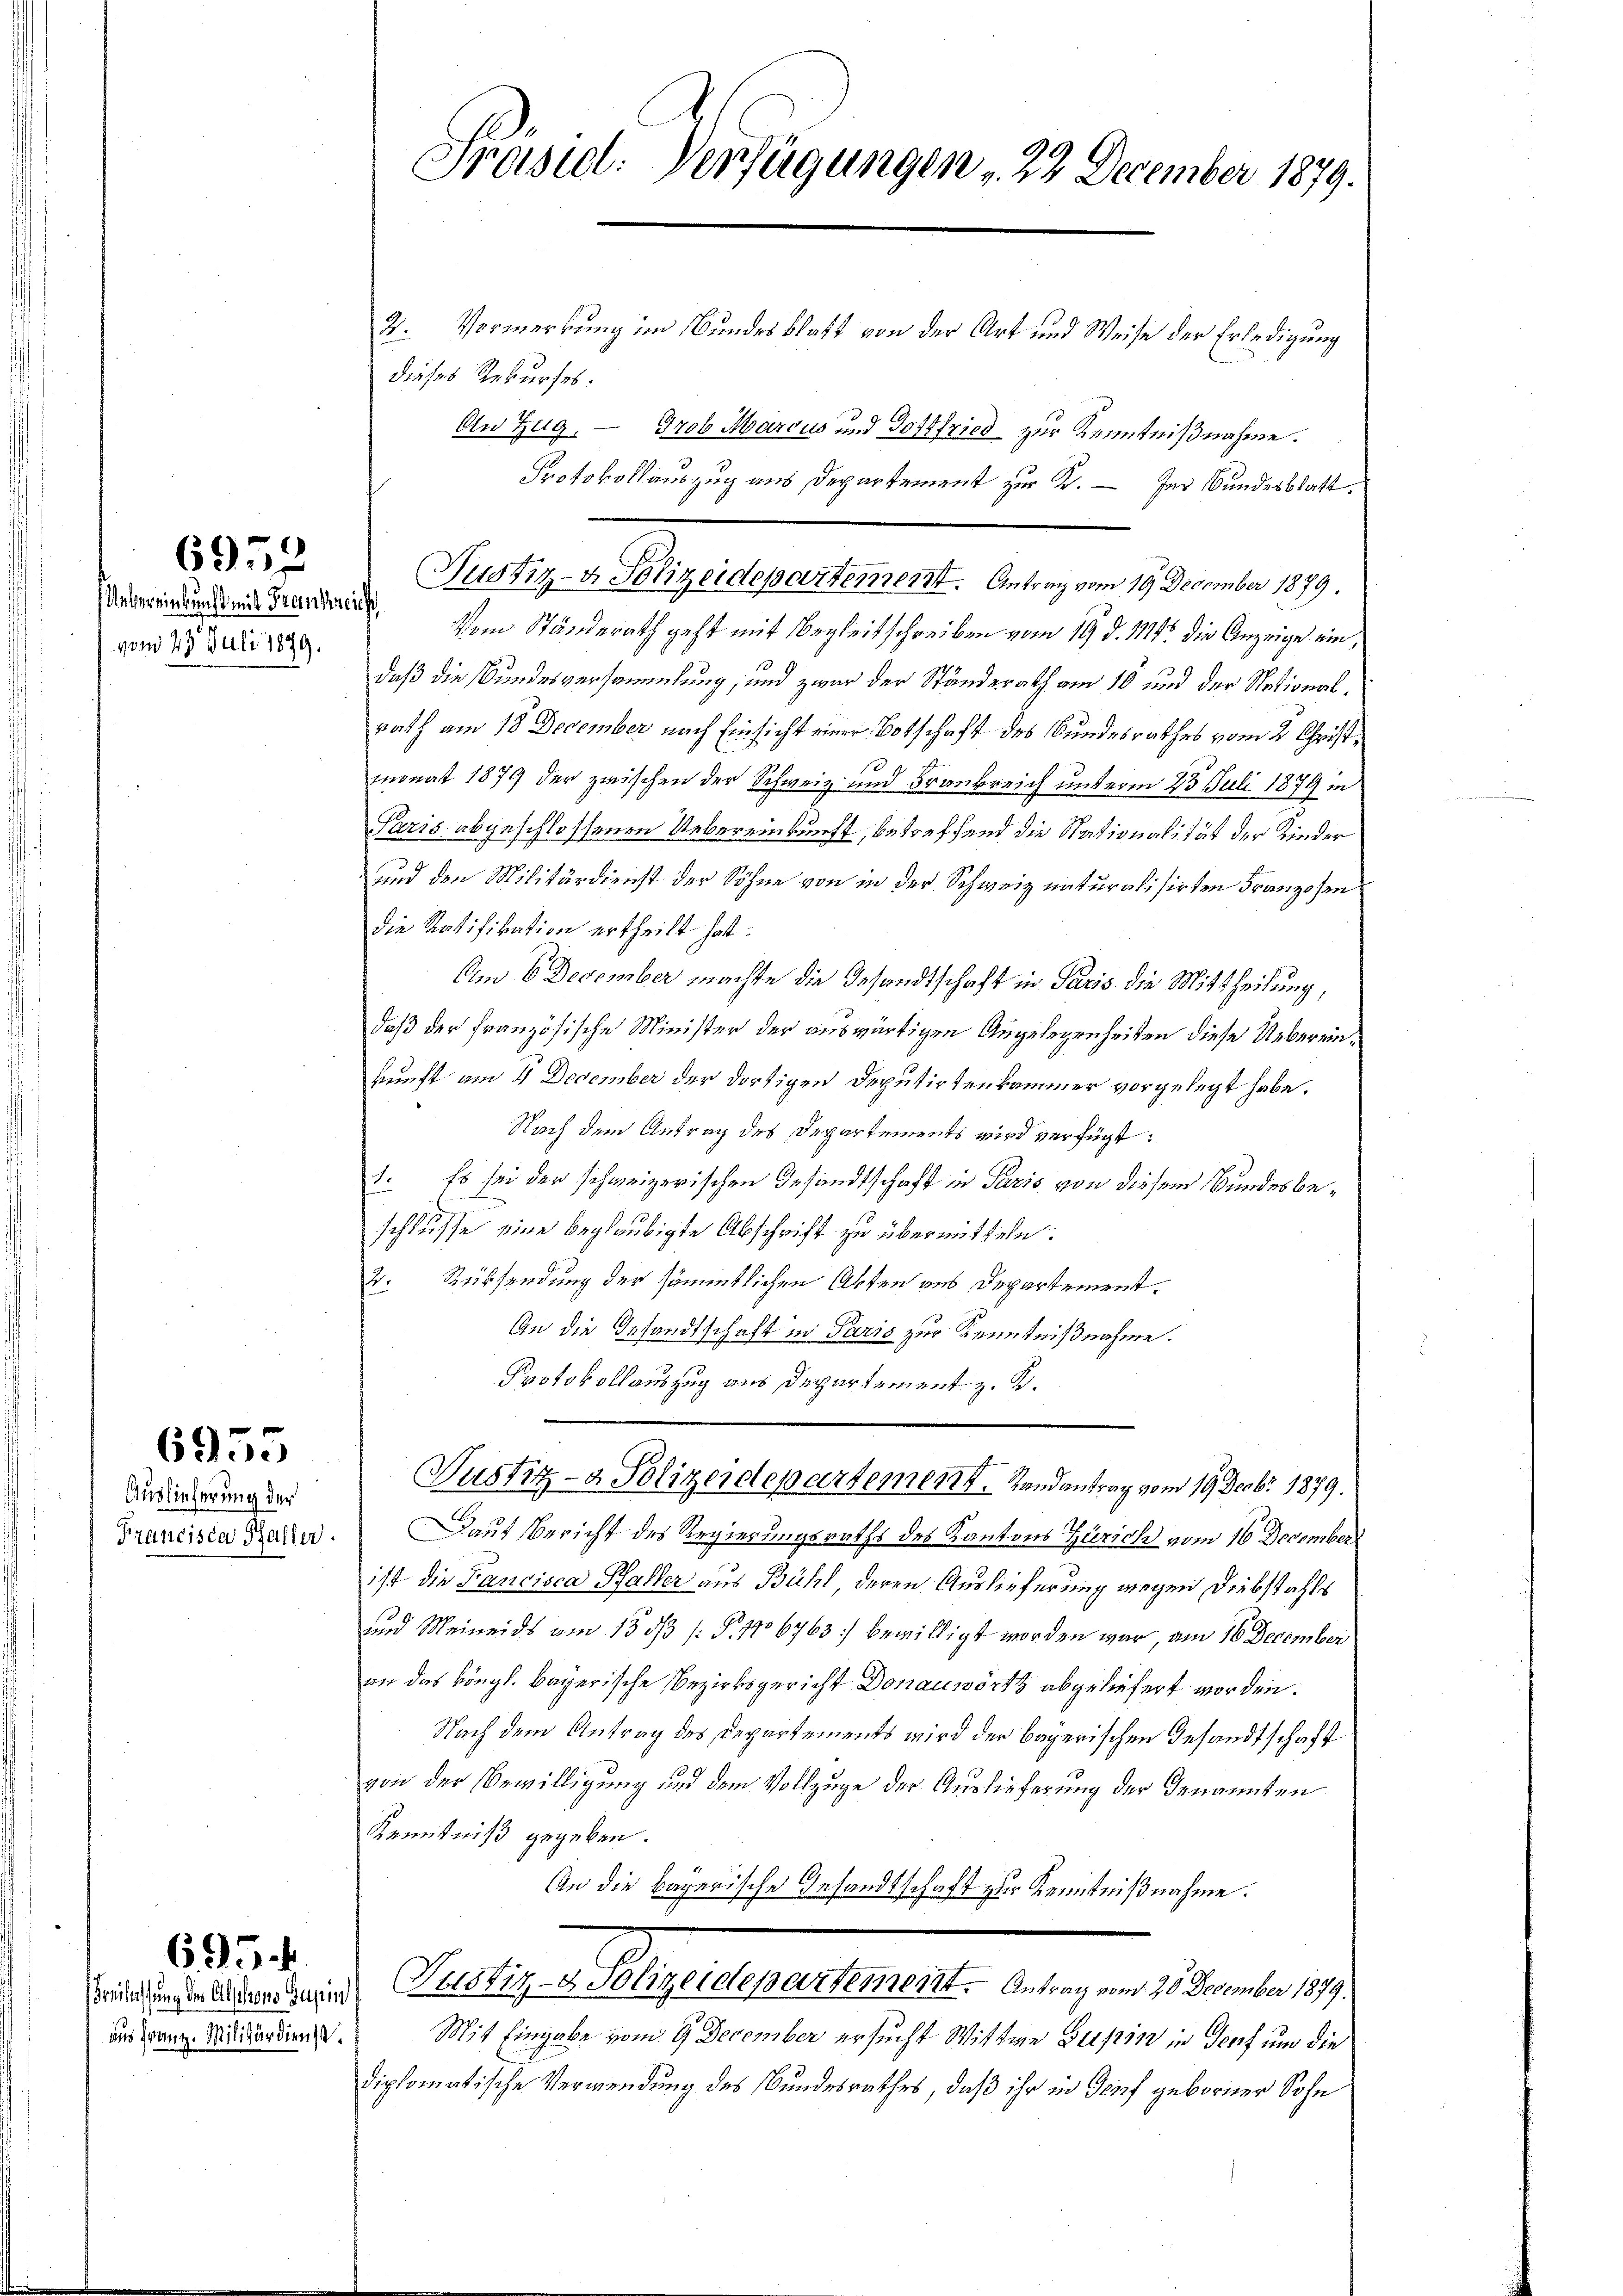
6958

vom 23. Juli 1899.

6955

Auslieferung der
Francisca Haller.

6.3.4.

Freilassung des Abschrono Gupin
aus Franz. Militärdienst.

Präsid. Verfügungen , 22. December 1879.

4. Vormerkung im Bundesblatt von der Art und Weise der Erledigung
dieses Rekurses.
Protokollauszug aus Departement zur K. – Im Bundesblatt.
Justiz- & Polizeidepartement. Antrag vom 19. December 1879.
Dinkenden Gesandt. Im Stunderath geht mit Begleitschreiben vom 19. d. 114. die Anzeige ein,
daß die Bundesversammlung, und zwar der Ständerath am 10 und der Nationalrath am 18 December nach Einsicht einer Botschaft des Bundesrathes vom 2. Christ¬
10
monat 1879 der zwischen der Schweiz und Frankreich unterm 25. Juli 1879 in
Paris abgeschlossenen Uebereinkunft, betreffend die Nationalität der Kinder
und den Militärdienst der Söhne von in der Schweiz naturalisirten Franzosen
die Ratifikation ertheilt hat.
Am 6 December machte die Gesandtschaft in Paris die Mittheilung,
daß der französische Minister der auswärtigen Angelegenheiten diese Uebereinkunft am 4 December der dortigen Deputirtenkammer vorgelegt habe.
Nach dem Antrag des Departements wird verfügt:
1. Es sei der schweizerischen Gesandtschaft in Paris von diesem Bundesbeschlusse eine beglaubigte Abschrift zu übermitteln:
V. Rücksendung der sämmtlichen Abten aus Departement.
Gu die Gesandtschaft in Paris zur Kenntnißnahme.
Protokollauszug aus Departament z. B.

An Zug. — Grob Marcus und Gottfried zur Kenntnißnahme.

Justiz- & Polizeidepartement. Randantrag vom 19. Decbr 1879.

Daut Bericht des Regierungsraths des Kantons Zürich vom 16 December
ist die Fancisca Paller aus Bühl, deren Auslieferung wegen Diebstahls
und Meineids am 13 dß /: P. 1106763) bewilligt worden war, am 16. December
an das köngl. Bayerische Bezirksgericht Donauwört abgeliefert worden.
Nach dem Antrag des Departements wird der bayerischen Gesandtschaft
von der Bewilligung und dem Vollzuge der Auslieferung der Genannten
Kenntniß gegeben.
An die bayerische Gesandtschaft zur Kenntnißnahme.
Relige Aussteuerbauerte der in den er i
Mit Eingabe vom 9 December ersucht Wittwe Dupin in Torf um die
diplomatische Verwendung des Bundesrathes, daß ihr in Genf geborner Sohn